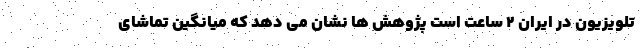
تلویزیون در ایران ۲ ساعت است پژوهش ها نشان می دهد که میانگین تماشای